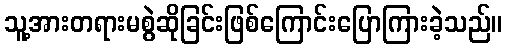
သူ့အားတရားမစွဲဆိုခြင်းဖြစ်ကြောင်းပြောကြားခဲ့သည်။